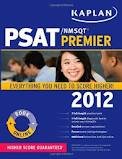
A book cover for Kaplan PSAT/NMSQT 2012 Premier; Kaplan; Test Preparation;